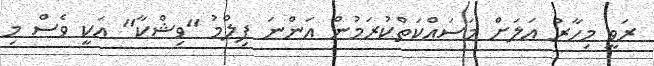
ރަވީ މިހާރު އަލަށް މަސައްކަތްކުރަމުން އަންނަ ފިލްމު "ވިޝްކާ" އަކީ ވެސް މި